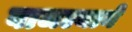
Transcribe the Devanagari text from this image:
वाजल्याने